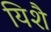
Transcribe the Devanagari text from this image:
यिशै